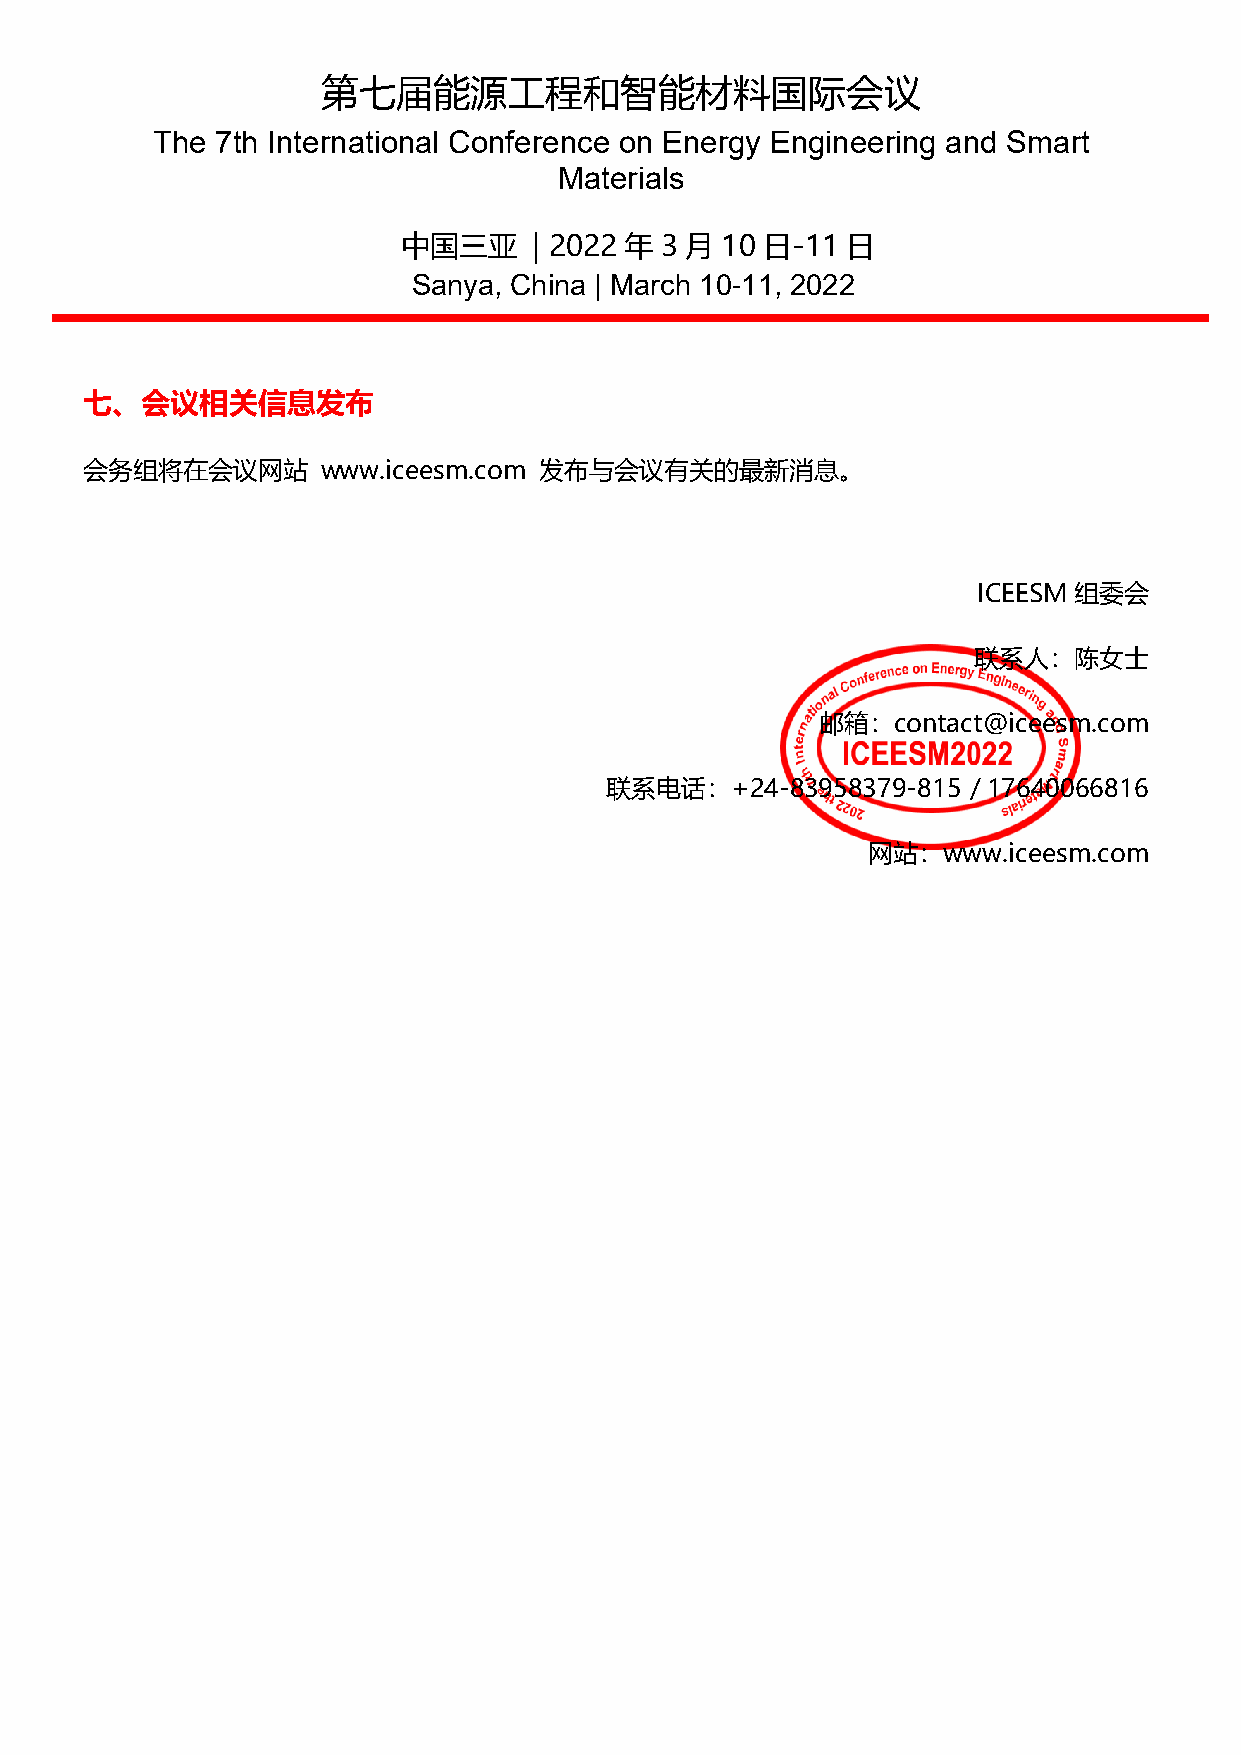
第七届能源工程和智能材料国际会议
 The 7th International Conference on Energy Engineering and Smart
 Materials
 中国三亚    | 2022 年 3 月 10 日-11 日
 Sanya, China | March 10-11, 2022
 七、会议相关信息发布
 会务组将在会议网站       www.iceesm.com 发布与会议有关的最新消息。
 ICEESM 组委会
 联系人：陈女士
 邮箱：contact@iceesm.com
 联系电话：+24-83958379-815   / 17640066816
 网站：www.iceesm.com